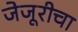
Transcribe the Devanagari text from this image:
जेजूरीचा